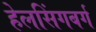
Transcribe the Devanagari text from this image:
हेलसिंगबर्ग